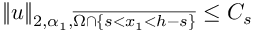
\| u \| _ { 2 , \alpha _ { 1 } , \overline { { \Omega \cap \{ s < x _ { 1 } < h - s \} } } } \leq C _ { s }